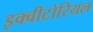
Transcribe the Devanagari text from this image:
इक्वीटोरियल